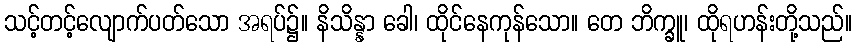
သင့်တင့်လျောက်ပတ်သော အရပ်၌။ နိသိန္နာ ခေါ၊ ထိုင်နေကုန်သော။ တေ ဘိက္ခူ၊ ထိုရဟန်းတို့သည်။